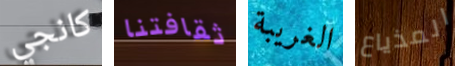
كانجي ثقافتنا الغريبة المذياع